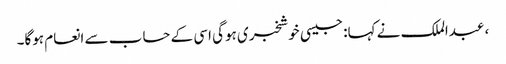
، عبدالملک نے کہا: جیسی خوشخبری ہوگی اسی کے حساب سے انعام ہوگا۔